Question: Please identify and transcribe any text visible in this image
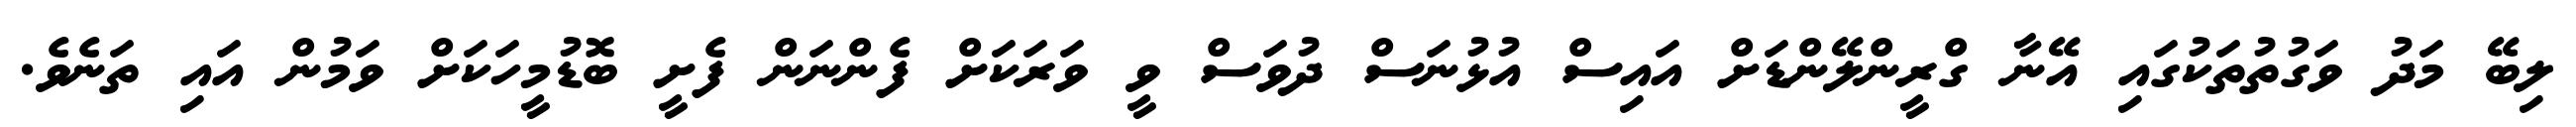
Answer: ލިބޭ މަދު ވަގުތުތަކުގައި އޭނާ ގްރީންލޭންޑަށް އައިސް އުޅުނަސް ދުވަސް ވީ ވަރަކަށް ފެންނަން ފެށީ ބޮޑުމީހަކަށް ވަމުން އައި ތަނެވެ.